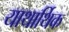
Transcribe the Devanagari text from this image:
याथार्थिक